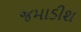
જમાડીશ